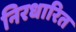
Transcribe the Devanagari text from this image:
निरधारित